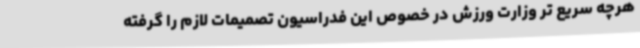
هرچه سریع تر وزارت ورزش در خصوص این فدراسیون تصمیمات لازم را گرفته